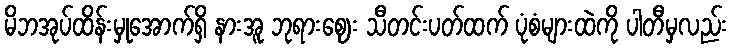
မိဘအုပ်ထိန်းမှုအောက်ရှိ နားအူ ဘုရားဈေး သီတင်းပတ်ထက် ပုံစံများထဲကို ပါတီမှလည်း